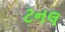
ટનલ